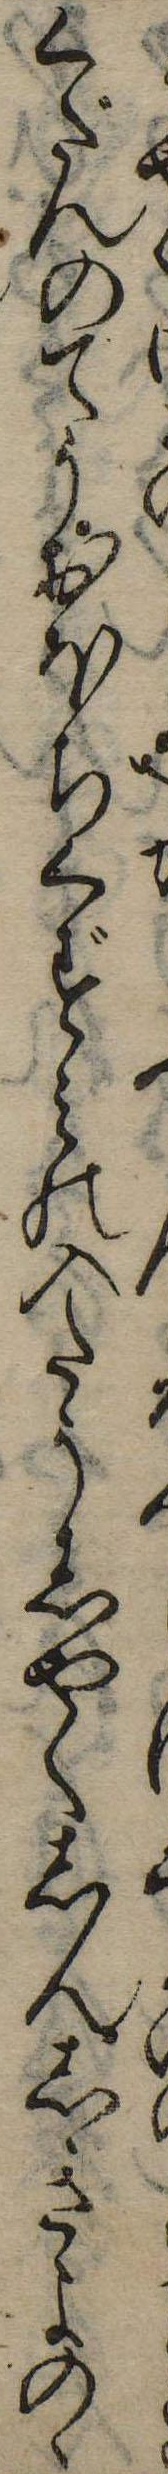
くだんのてうおほちくずみの入たうしやくしんしきよのゝ